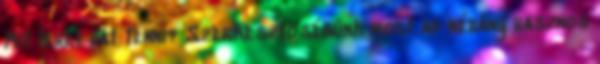
Mit lehet hát tenni? Szerkesztőségünk most ad néhány hasznos